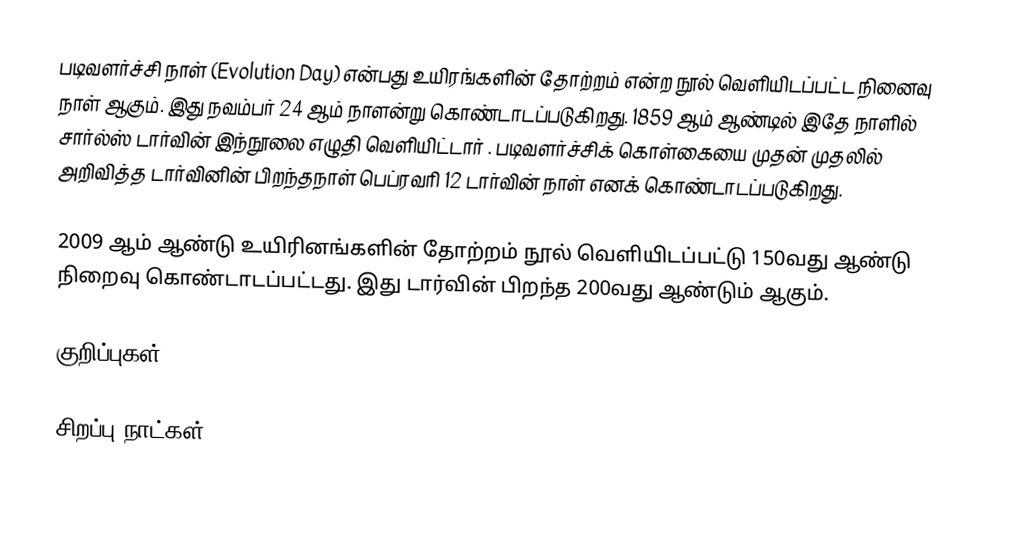
படிவளர்ச்சி நாள் (Evolution Day) என்பது உயிரங்களின் தோற்றம் என்ற நூல் வெளியிடப்பட்ட நினைவு நாள் ஆகும். இது நவம்பர் 24 ஆம் நாளன்று கொண்டாடப்படுகிறது. 1859 ஆம் ஆண்டில் இதே நாளில் சார்ல்ஸ் டார்வின் இந்நூலை எழுதி வெளியிட்டார் . படிவளர்ச்சிக் கொள்கையை முதன் முதலில் அறிவித்த டார்வினின் பிறந்தநாள் பெப்ரவரி 12 டார்வின் நாள் எனக் கொண்டாடப்படுகிறது.

2009 ஆம் ஆண்டு உயிரினங்களின் தோற்றம் நூல் வெளியிடப்பட்டு 150வது ஆண்டு நிறைவு கொண்டாடப்பட்டது. இது டார்வின் பிறந்த 200வது ஆண்டும் ஆகும்.

குறிப்புகள்

சிறப்பு நாட்கள்